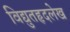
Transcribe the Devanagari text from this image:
विद्युतहृदलेख